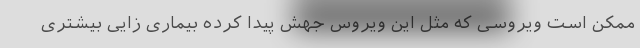
ممکن است ویروسی که مثل این ویروس جهش پیدا کرده بیماری زایی بیشتری